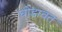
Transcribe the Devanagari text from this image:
घोडावत